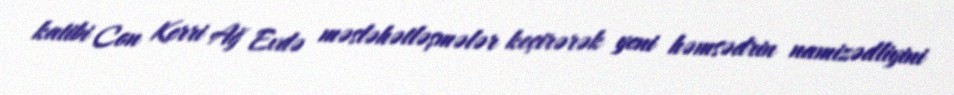
katibi Con Kerri Ağ Evdə məsləhətləşmələr keçirərək yeni həmsədrin namizədliyini